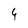
Character: 4